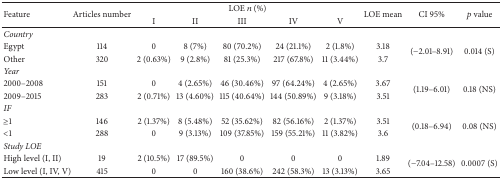
| <ROWSPAN=2> Feature | <ROWSPAN=2> Articles number | <COLSPAN=5> LOE n (%) | <ROWSPAN=2> LOE mean | <ROWSPAN=2> CI 95% | <ROWSPAN=2> p value |
 | I | II | III | IV | V |
 | --- | --- | --- | --- | --- | --- | --- | --- | --- | --- |
 | Country |  |  |  |  |  |  |  |  |  |
 | Egypt | 114 | 0 | 8 (7%) | 80 (70.2%) | 24 (21.1%) | 2 (1.8%) | 3.18 | <ROWSPAN=2> (−2.01–8.91) | <ROWSPAN=2> 0.014 (S) |
 | Other | 320 | 2 (0.63%) | 9 (2.8%) | 81 (25.3%) | 217 (67.8%) | 11 (3.44%) | 3.7 |
 | Year |  |  |  |  |  |  |  |  |  |
 | 2000–2008 | 151 | 0 | 4 (2.65%) | 46 (30.46%) | 97 (64.24%) | 4 (2.65%) | 3.67 | <ROWSPAN=2> (1.19–6.01) | <ROWSPAN=2> 0.18 (NS) |
 | 2009–2015 | 283 | 2 (0.71%) | 13 (4.60%) | 115 (40.64%) | 144 (50.89%) | 9 (3.18%) | 3.51 |
 | IF |  |  |  |  |  |  |  |  |  |
 | ≥1 | 146 | 2 (1.37%) | 8 (5.48%) | 52 (35.62%) | 82 (56.16%) | 2 (1.37%) | 3.51 | <ROWSPAN=2> (0.18–6.94) | <ROWSPAN=2> 0.08 (NS) |
 | <1 | 288 | 0 | 9 (3.13%) | 109 (37.85%) | 159 (55.21%) | 11 (3.82%) | 3.6 |
 | Study LOE |  |  |  |  |  |  |  |  |  |
 | High level (I, II) | 19 | 2 (10.5%) | 17 (89.5%) | 0 | 0 | 0 | 1.89 | <ROWSPAN=2> (−7.04–12.58) | <ROWSPAN=2> 0.0007 (S) |
 | Low level (I, IV, V) | 415 | 0 | 0 | 160 (38.6%) | 242 (58.3%) | 13 (3.13%) | 3.65 |